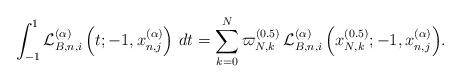
LaTeX: \begin{align*}\int_{ - 1}^1 {{\cal L}_{B,n,i}^{(\alpha )}\left( {t; - 1,x_{n,j}^{(\alpha )}} \right)\,dt} = \sum\limits_{k = 0}^N {{\varpi _{N,k}^{(0.5)}}\,{\cal L}_{B,n,i}^{(\alpha )}\left( {{x_{N,k}^{(0.5)}}; - 1,x_{n,j}^{(\alpha )}} \right)} .\end{align*}